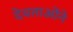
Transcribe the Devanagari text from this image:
देवताओंने